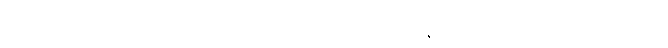
ညိုဟာ အဝတ်အစားတွေကို လက်ထဲကကိုင်ထားရင်းကနေပြီး ကိုရင့်ကိုမော်ကြည့်လိုက်ပြီး